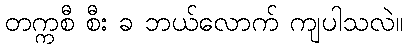
တက္ကစီ စီး ခ ဘယ်လောက် ကျပါသလဲ။